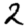
Digit: 2